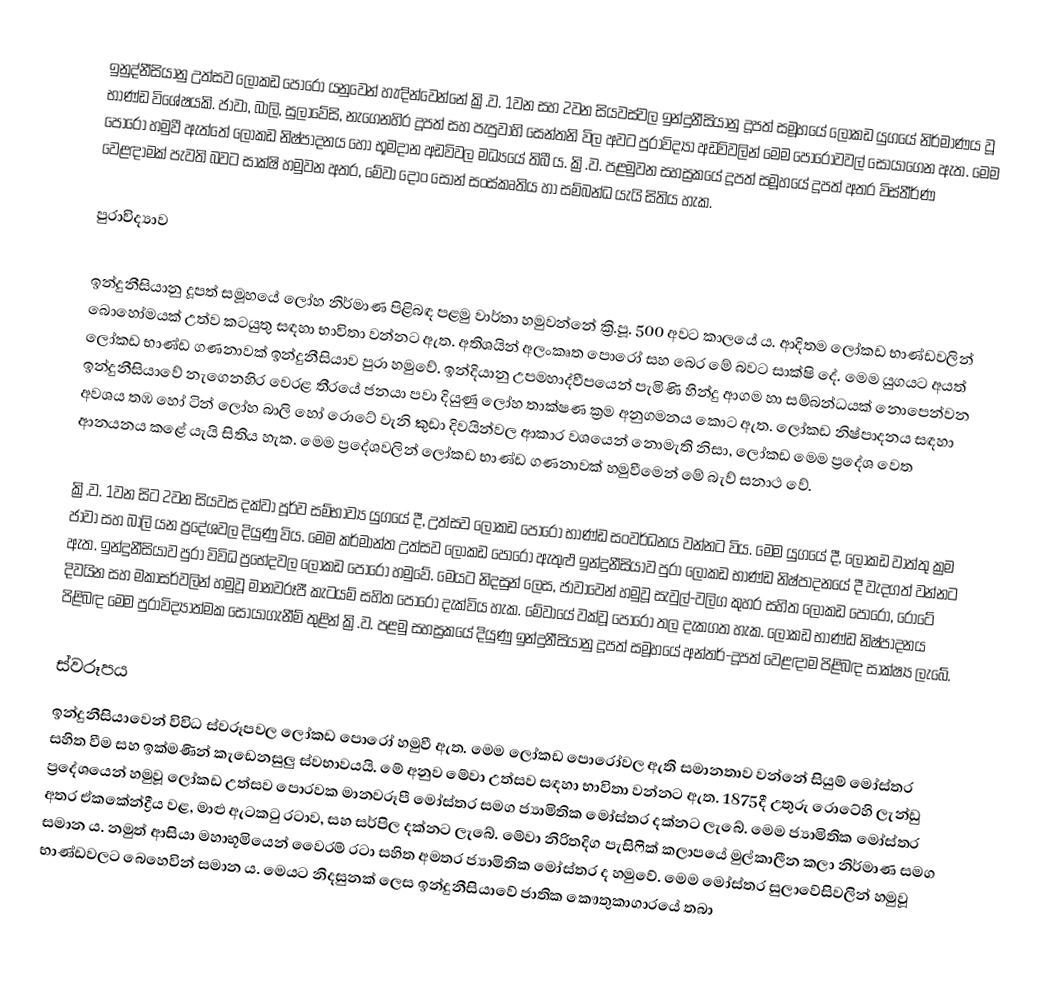
ඉනුද්නීසියානු උත්සව ලෝකඩ පොරෝ යනුවෙන් හැඳින්වෙන්නේ ක්‍රි.ව. 1වන සහ 2වන සියවස්වල ඉන්දුනීසියානු දූපත් සමූහයේ ලෝකඩ යුගයේ නිර්මාණය වූ භාණ්ඩ විශේෂයකි. ජාවා, බාලි, සුලාවේසි, නැගෙනහිර දූපත් සහ පැපුවාහි සෙන්තනි විල අවට පුරාවිද්‍යා අඩවිවලින් මෙම පොරොවවල් සොයාගෙන ඇත. මෙම පොරෝ හමුවී ඇත්තේ ලෝකඩ නිෂ්පාදනය හෝ භූමදාන අඩවිවල මධ්‍යයේ තිබී ය. ක්‍රි.ව. පළමුවන සහස්‍රකයේ දූපත් සමූහයේ දූපත් අතර විස්තීර්ණ වෙළඳාමක් පැවති බවට සාක්ෂි හමුවන අතර, මේවා දොං සොන් සංස්කෘතිය හා සම්බන්ධ යැයි සිතිය හැක.

පුරාවිද්‍යාව

ඉන්දුනීසියානු දූපත් සමූහයේ ලෝහ නිර්මාණ පිළිබඳ පළමු වාර්තා හමුවන්නේ ක්‍රි.පූ. 500 අවට කාලයේ ය. ආදිතම ලෝකඩ භාණ්ඩවලින් බොහෝමයක් උත්ව කටයුතු සඳහා භාවිතා වන්නට ඇත. අතිශයින් අලංකෘත පොරෝ සහ බෙර මේ බවට සාක්ෂි දේ. මෙම යුගයට අයත් ලෝකඩ භාණ්ඩ ගණනාවක් ඉන්දුනීසියාව පුරා හමුවේ. ඉන්දියානු උපමහාද්වීපයෙන් පැමිණි හින්දු ආගම හා සම්බන්ධයක් නොපෙන්වන ඉන්දුනීසියාවේ නැගෙනහිර වෙරළ තීරයේ ජනයා පවා දියුණු ලෝහ තාක්ෂණ ක්‍රම අනුගමනය කොට ඇත. ලෝකඩ නිෂ්පාදනය සඳහා අවශය තඹ හෝ ටින් ලෝහ බාලි හෝ රොටේ වැනි කුඩා දිවයින්වල ආකාර වශයෙන් නොමැති නිසා, ලෝකඩ මෙම ප්‍රදේශ වෙත ආනයනය කළේ යැයි සිතිය හැක. මෙම ප්‍රදේශවලින් ලෝකඩ භාණ්ඩ ගණනාවක් හමුවීමෙන් මේ බැව් සනාථ වේ.

ක්‍රි.ව. 1වන සිට 2වන සියවස දක්වා පූර්ව සම්භාව්‍ය යුගයේ දී, උත්සව ලෝකඩ පොරෝ භාණ්ඩ සංවර්ධනය වන්නට විය. මෙම යුගයේ දී, ලෝකඩ වාත්තු ක්‍රම ජාවා සහ බාලි යන ප්‍රදේශවල දියුණු විය. මෙම කර්මාන්ත උත්සව ‍ලෝකඩ පොරෝ ඇතුළු ඉන්දුනීසියාව පුරා ලෝකඩ භාණ්ඩ නිෂ්පාදනයේ දී වැදගත් වන්නට ඇත. ඉන්දුනීසියාව පුරා විවිධ ප්‍රභේදවල ලෝකඩ පොරෝ හමුවේ. මෙයට නිදසුන් ලෙස, ජාවාවෙන් හමුවූ සැවුල්-වලිග කුහර සහිත ලෝකඩ පොරෝ, රොටේ දිවයින සහ මකාසර්වලින් හමුවූ මානවරූපී කැටයම් සහිත පොරෝ දැක්විය හැක. මේවායේ වක්වූ පොරෝ තල දැකගත හැක. ලෝකඩ භාණ්ඩ නිෂ්පාදනය පිළිබඳ මෙම පුරාවිද්‍යාත්මක සොයාගැනීම් තුළින් ක්‍රි.ව. පළමු සහස්‍රකයේ දියුණු ඉන්දුනීසියානු දූපත් සමූහයේ අන්තර්-දූපත් වෙළඳාම පිළිබඳ සාක්ෂ්‍ය ලැබේ.

ස්වරූපය
ඉන්දුනීසියාවෙන් විවිධ ස්වරූපවල ලෝකඩ පොරෝ හමුවී ඇත. මෙම ලෝකඩ පොරෝවල ඇති සමානතාව වන්නේ සියුම් මෝස්තර සහිත වීම සහ ඉක්මණින් කැඩෙනසුලු ස්වභාවයයි. මේ අනුව මේවා උත්සව සඳහා භාවිතා වන්නට ඇත. 1875දී උතුරු රොටේහි ලැන්ඩු ප්‍රදේශයෙන් හමුවූ ලෝකඩ උත්සව පොරවක මානවරූපී මෝස්තර සමග ජ්‍යාමිතික මෝස්තර දක්නට ලැබේ. මෙම ජ්‍යාමිතික මෝස්තර අතර ඒකකේන්ද්‍රීය වළ, මාළු ඇටකටු රටාව, සහ සර්පිල දක්නට ලැ‍බේ. මේවා නිරිතදිග පැසිෆික් කලාපයේ මුල්කාලීන කලා නිර්මාණ සමග සමාන ය. නමුත් ආසියා මහාභූමියෙන් වෛරම් රටා සහිත අමතර ජ්‍යාමිතික මෝස්තර ද හමුවේ. මෙම මෝස්තර සුලාවේසිවලින් හමුවූ භාණ්ඩවලට බෙහෙවින් සමාන ය. මෙයට නිදසුනක් ලෙස ඉන්දුනීසියාවේ ජාතික කෞතුකාගාරයේ තබා